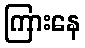
ကြားနေ